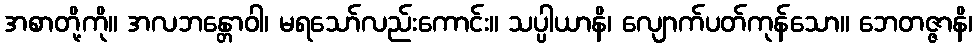
အစာတို့ကို။ အလဘန္တောဝါ၊ မရသော်လည်းကောင်း။ သပ္ပါယာနိ၊ လျောက်ပတ်ကုန်သော။ ဘေတဇ္ဇာနိ၊